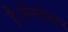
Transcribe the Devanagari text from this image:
है।मेनचेस्टर